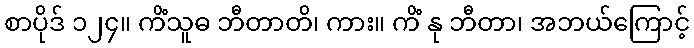
စာပိုဒ် ၁၂၄။ ကိံသူဓ ဘီတာတိ၊ ကား။ ကိံ နု ဘီတာ၊ အဘယ်ကြောင့်